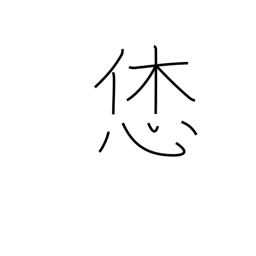
Meaning: nice